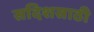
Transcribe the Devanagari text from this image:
सदिशसाठी